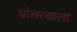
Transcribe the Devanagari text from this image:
धोतरवाला